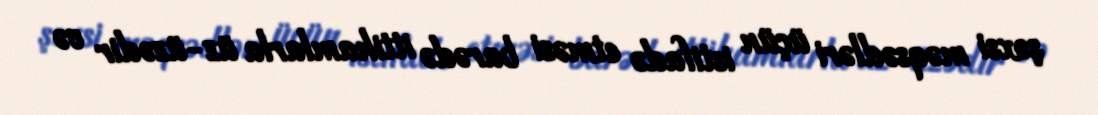
şəxsi məqsədləri üçün istifadə etməsi barədə ittihamlarla üz-üzədir və